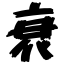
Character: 衰